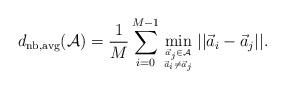
LaTeX: \begin{align*}d_{\mathrm{nb, avg}}(\mathcal{A}) = \frac 1 M \sum_{i = 0}^{M-1} \min_{\vec{a}_j \in \mathcal{A} \atop \vec{a}_i \neq \vec{a}_j} ||\vec{a}_i - \vec{a}_j||.\end{align*}